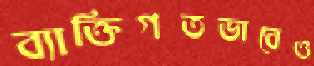
ব্যাক্তিগতভাবেও